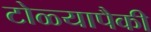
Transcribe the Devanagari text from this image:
टोळ्यापैकी